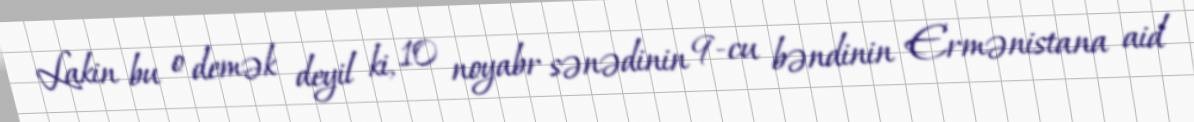
Lakin bu o demək deyil ki, 10 noyabr sənədinin 9-cu bəndinin Ermənistana aid